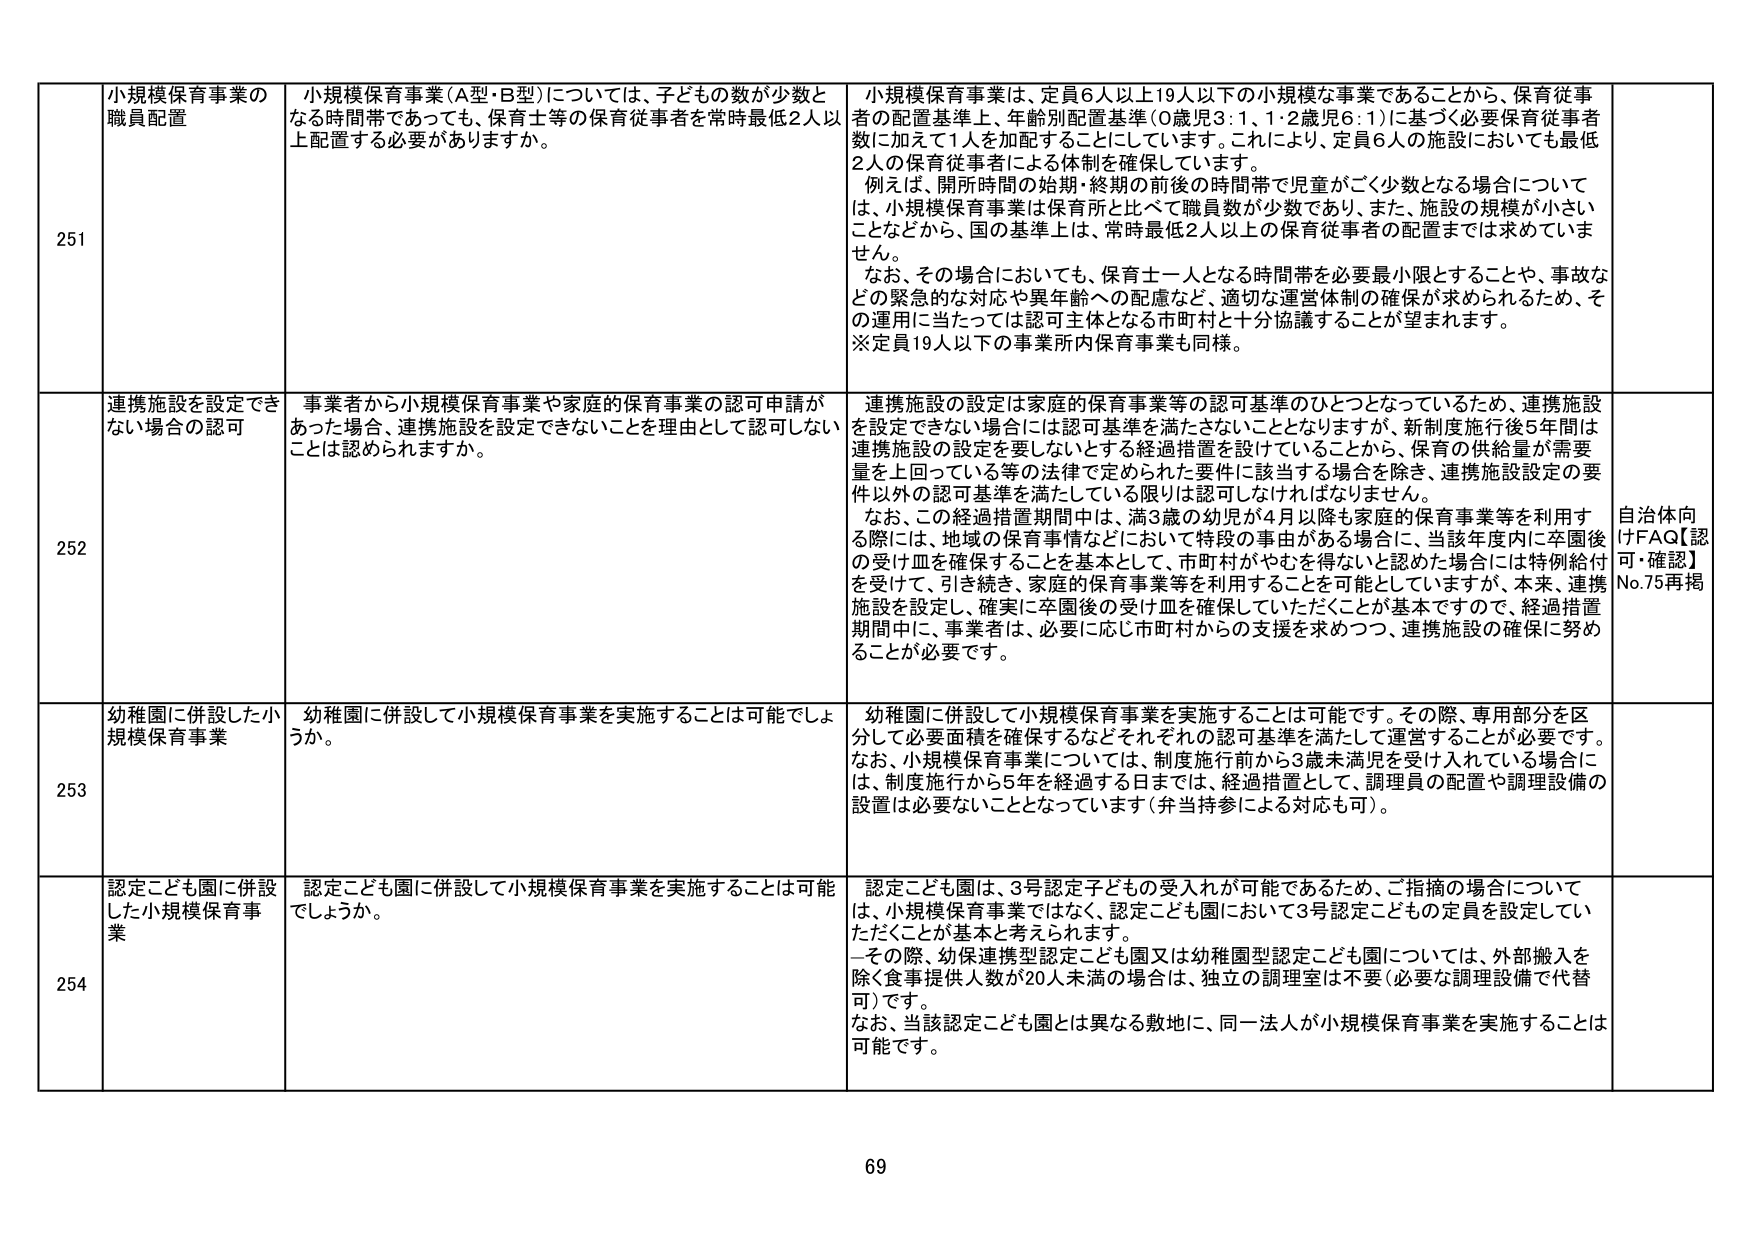
251 小規模保育事業の職員配置 小規模保育事業（A型・B型）については、子どもの数が少数となる時間帯であっても、保育士等の保育従事者を常時最低2人以上配置する必要がありますか。 小規模保育事業は、定員6人以上19人以下の小規模な事業であることから、保育従事者の配置基準上、年齢別配置基準（0歳児3：1、1・2歳児6：1）に基づく必要保育従事者数に加えて1人を加配することにしています。これにより、定員6人の施設においても最低2人の保育従事者による体制を確保しています。 例えば、開所時間の始期・終期の前後の時間帯で児童がごく少数となる場合については、小規模保育事業は保育所と比べて職員数が少数であり、また、施設の規模が小さいことなどから、国の基準上は、常時最低2人以上の保育従事者の配置までは求めていません。 なお、その場合においても、保育士一人となる時間帯を必要最小限とすることや、事故などの緊急的な対応や異年齢への配慮など、適切な運営体制の確保が求められるため、その運用に当たっては認可主体となる市町村と十分協議することが望まれます。 ※定員19人以下の事業所内保育事業も同様。

252 連携施設を設定できない場合の認可 事業者から小規模保育事業や家庭的保育事業の認可申請があった場合、連携施設を設定できないことを理由として認可しないことは認められますか。 連携施設の設定は家庭的保育事業等の認可基準のひとつとなっているため、連携施設を設定できない場合には認可基準を満たさないこととなります。ただし、新制度施行後5年間は連携施設の設定を要しないとする経過措置を設けていることから、保育の供給量が需要量を上回っている等の法律で定められた要件に該当する場合を除き、連携施設設定の要件以外の認可基準を満たしている限りは認可しなければなりません。 なお、この経過措置期間中は、満3歳の幼児が4月以降も家庭的保育事業等を利用する際には、地域の保育事情などにおいて特例の事由がある場合に、当該年度内に卒園後の受け皿を確保することを基本として、市町村がやむを得ないと認めた場合には特例給付を受けて、引き続き、家庭的保育事業等を利用することを可能としていますが、本来、連携施設を設定し、確実に卒園後の受け皿を確保していただくことが基本ですので、経過措置期間中に、事業者は、必要に応じ市町村からの支援を求めつつ、連携施設の確保に努めることが必要です。 自治体向けFAQ【認可・確認】No.75再掲

253 幼稚園に併設した小規模保育事業 幼稚園に併設して小規模保育事業を実施することは可能でしょうか。 幼稚園に併設して小規模保育事業を実施することは可能です。その際、専用部分を区分して必要面積を確保するなどそれぞれの認可基準を満たして運営することが必要です。 なお、小規模保育事業については、制度施行前から3歳未満児を受け入れている場合には、制度施行から5年を経過する日までは、経過措置として、調理員の配置や調理設備の設置は必要ないこととなっています（弁当持参による対応も可）。

254 認定こども園に併設した小規模保育事業 認定こども園に併設して小規模保育事業を実施することは可能でしょうか。 認定こども園は、3号認定子どもの受入れが可能であるため、ご指摘の場合については、小規模保育事業ではなく、認定こども園において3号認定こどもの定員を設定していただくことが基本と考えられます。 —その際、幼保連携型認定こども園又は幼稚園型認定こども園については、外部搬入を除く食事提供人数が20人未満の場合は、独立の調理室は不要（必要な調理設備で代替可）です。 なお、当該認定こども園とは異なる敷地に、同一法人が小規模保育事業を実施することは可能です。

69